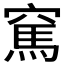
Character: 𥧓